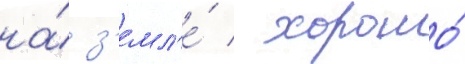
на́ з'емл'е́ / хорошо́